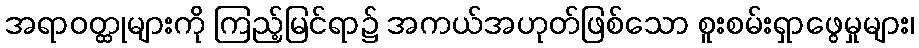
အရာဝတ္ထုများကို ကြည့်မြင်ရာ၌ အကယ်အဟုတ်ဖြစ်သော စူးစမ်းရှာဖွေမှုများ၊